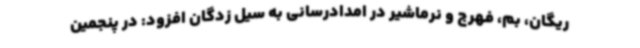
ریگان، بم، فهرج و نرماشیر در امدادرسانی به سیل زدگان افزود: در پنجمین